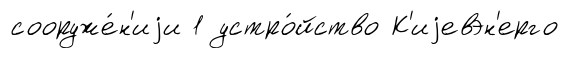
сооруже́н'иjи 1 устро́йство К'иjевэн'ерго